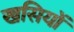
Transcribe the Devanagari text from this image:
खसियों